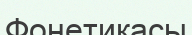
Фонетикасы